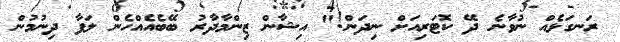
ރަނގަޅެއް ނުވާނެ ދޭ ކޮޓަރިއަށް ނިދަން!" އިޝާން ޒިންމާދާރު ބޭބެއެއްހެން ލަފާ ދިނުމުން